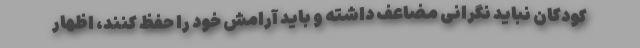
کودکان نباید نگرانی مضاعف داشته و باید آرامش خود را حفظ کنند، اظهار